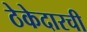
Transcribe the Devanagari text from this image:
ठेकेदारची